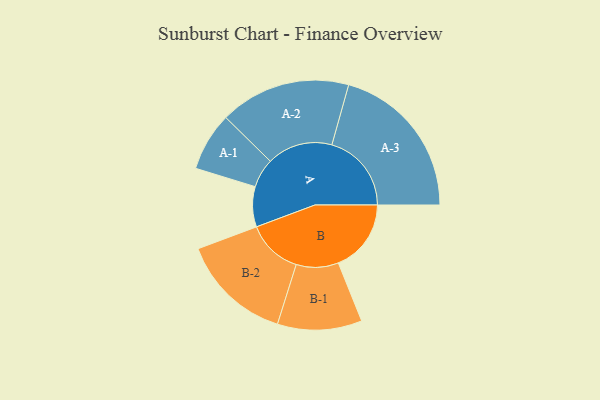
{"axis": {"x": "Segment", "y": "Value"}, "legend": ["", "A", "B"], "data": [{"x": "A", "y": 143, "type": ""}, {"x": "B", "y": 259, "type": ""}, {"x": "A-1", "y": 104, "type": "A"}, {"x": "A-2", "y": 233, "type": "A"}, {"x": "A-3", "y": 283, "type": "A"}, {"x": "B-1", "y": 150, "type": "B"}, {"x": "B-2", "y": 198, "type": "B"}]}